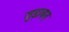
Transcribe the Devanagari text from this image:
जुड़ावन